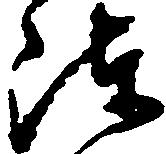
陣